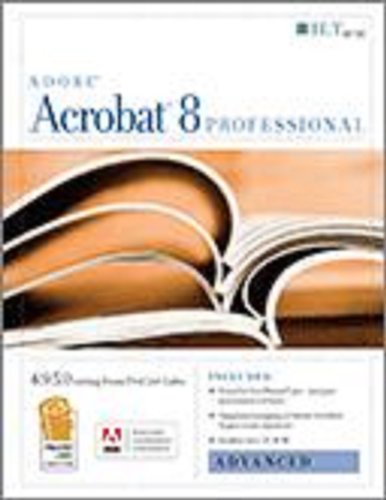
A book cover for Acrobat 8 Professional: Advanced, Ace Edition + Certblaster, Student Manual with Data (ILT); Axzo Press; Computers & Technology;